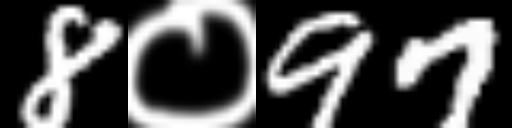
Text: 8०97